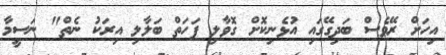
އިހަށް ރޭވެސް ބަދިގޭގައި އުޅެނިކޮށް ގޮވާލި ފަހަތް ބަލާލި އިރަކު ނެތް" ނަސީމާ